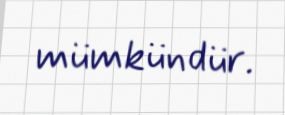
mümkündür.